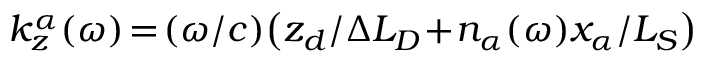
k _ { z } ^ { \alpha } ( \omega ) \! = \! ( \omega / c ) \big ( z _ { d } / \Delta L _ { D } \! + \! n _ { \alpha } ( \omega ) x _ { \alpha } / L _ { S } \big )